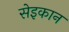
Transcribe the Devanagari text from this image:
सेइकान